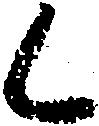
く